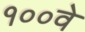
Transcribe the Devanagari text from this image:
१००वे